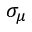
\sigma _ { \mu }